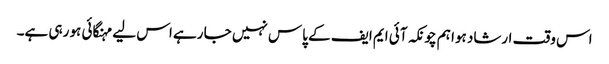
اس وقت ارشاد ہوا ہم چونکہ آئی ایم ایف کے پاس نہیں جا رہے اس لیے مہنگائی ہو رہی ہے۔